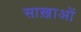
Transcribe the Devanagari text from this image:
साख़ाओं